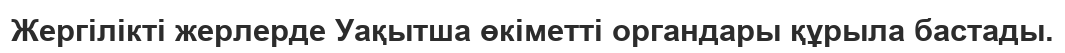
Жергілікті жерлерде Уақытша өкіметті органдары құрыла бастады.